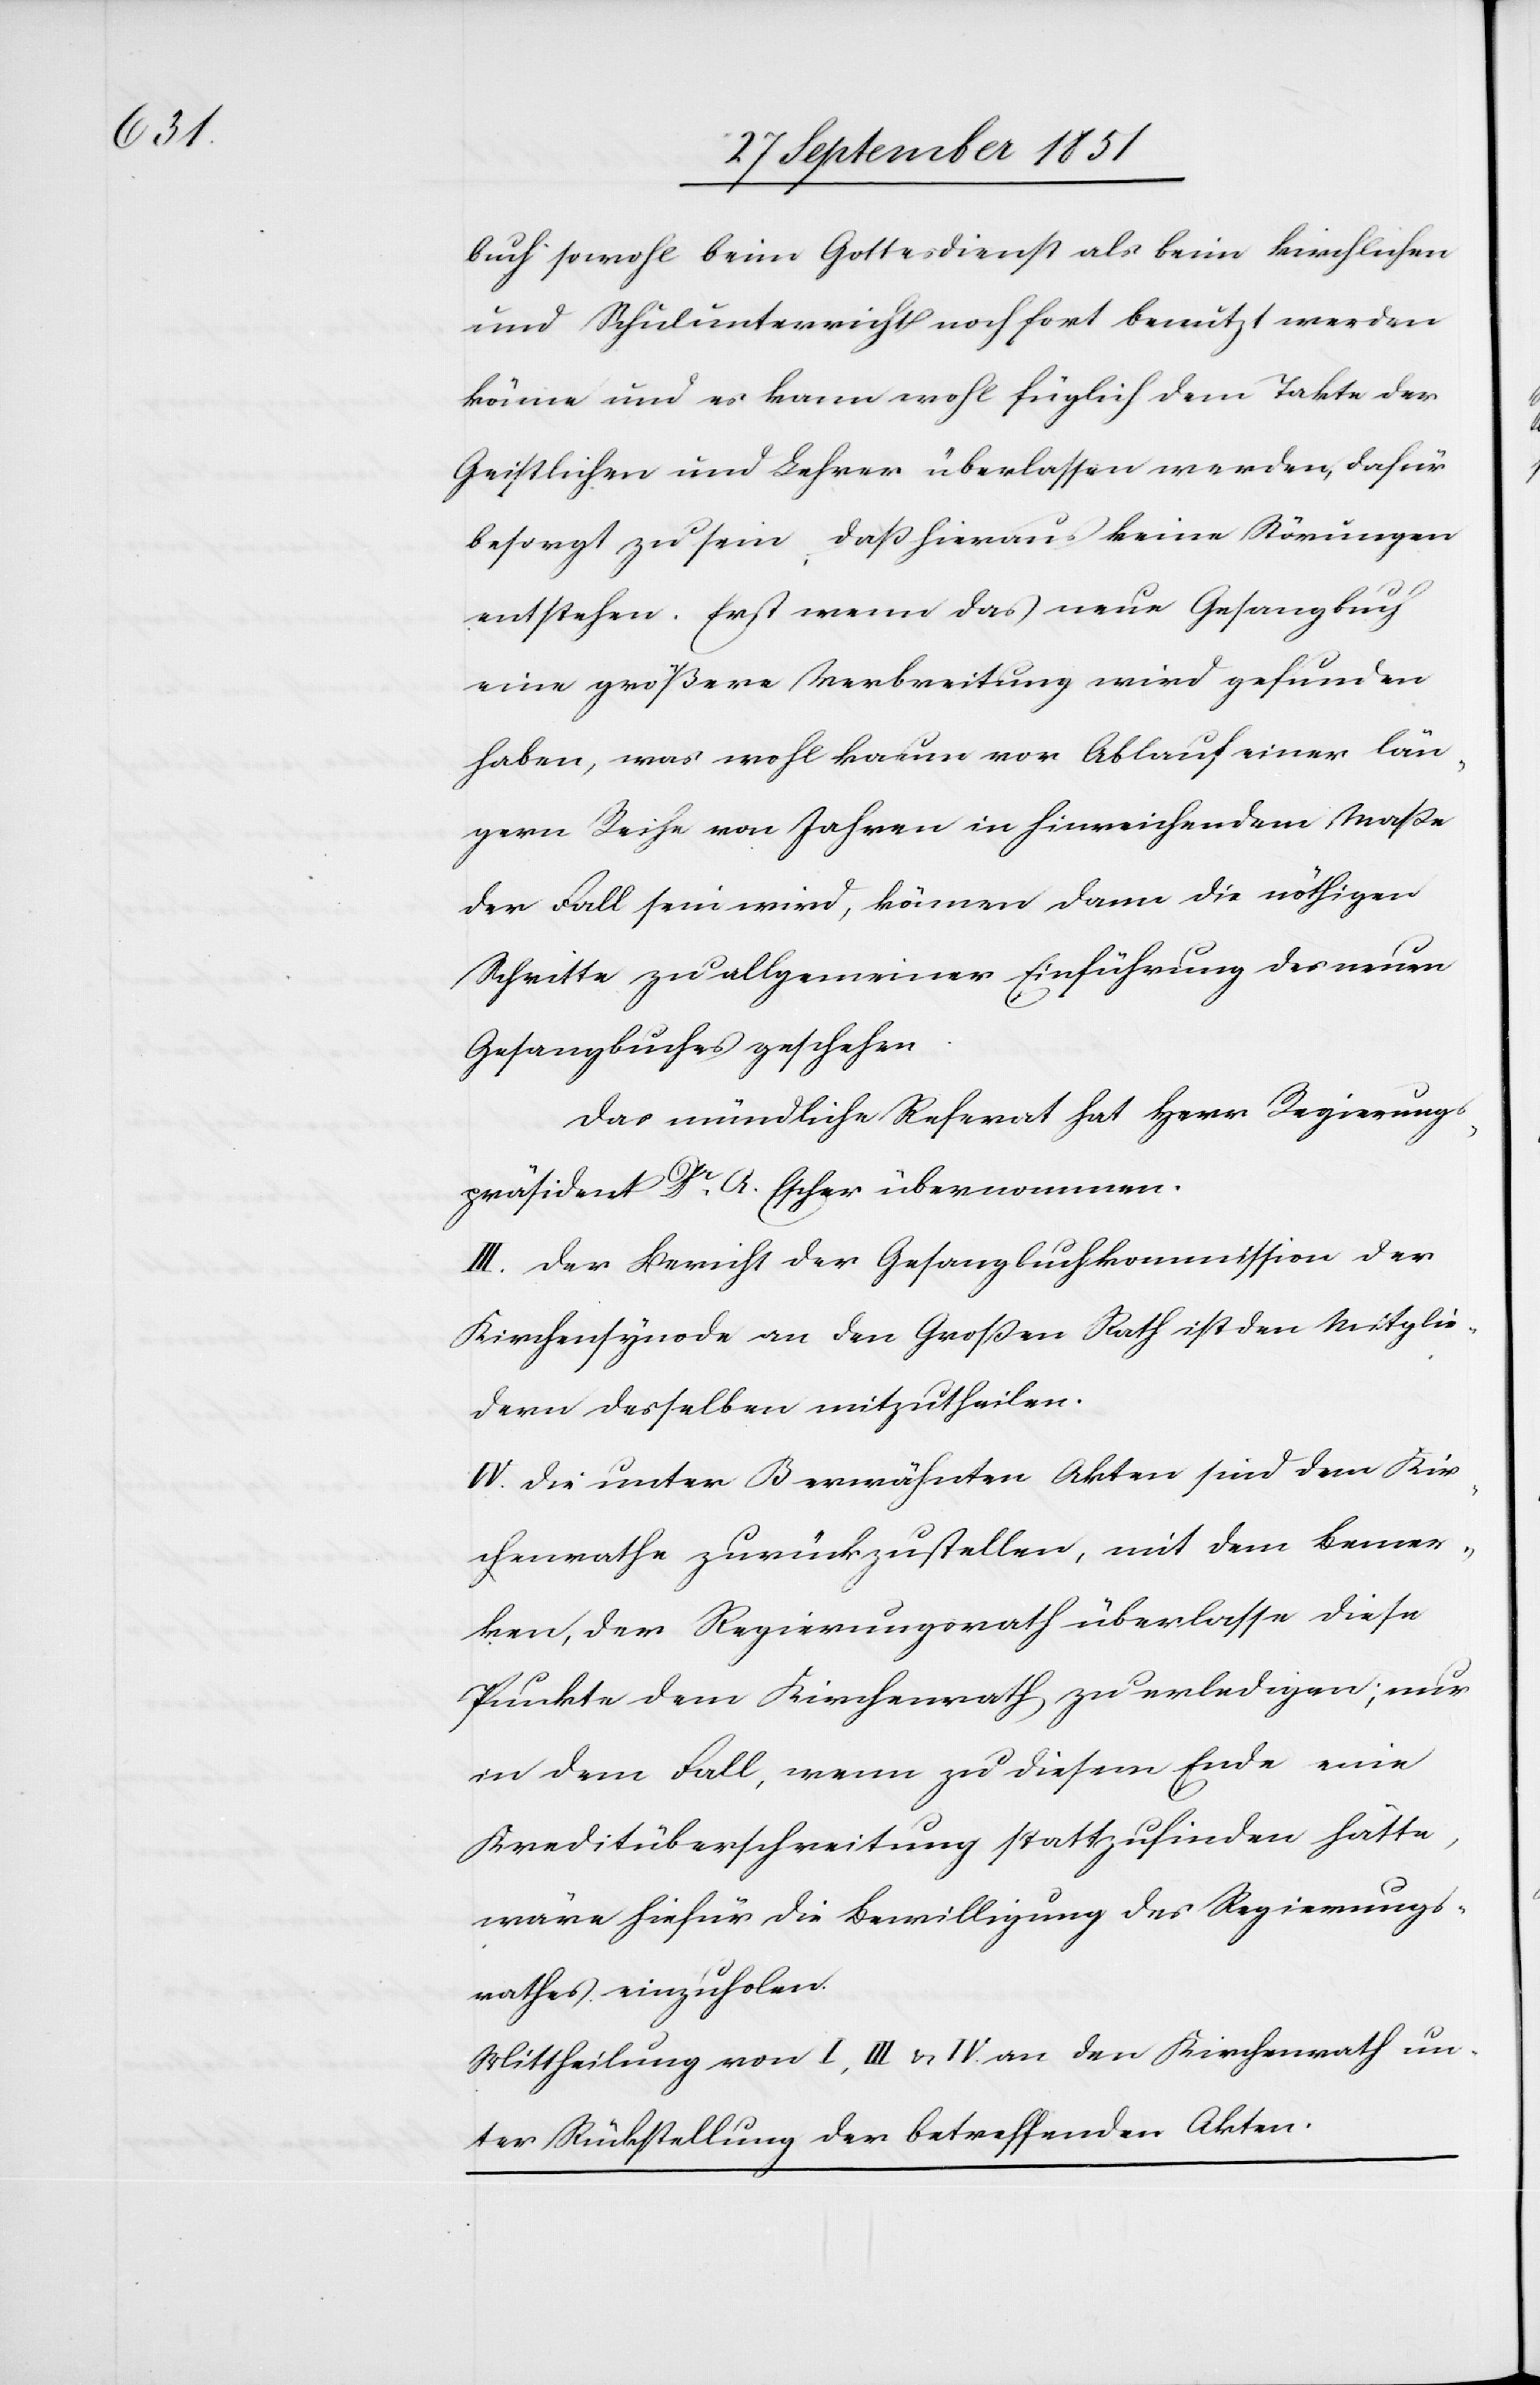
buch sowohl beim Gottesdienst als beim kirchlichen
und Schulunterricht noch fort benutzt werden
könne und es kann wohl füglich dem Takte der
Geistlichen und Lehrer überlassen werden, dafür
besorgt zu sein, daß hieraus keine Störungen
entstehen. Erst wenn das neue Gesangbuch
eine größere Verbreitung wird gefunden
haben, was wohl kaum vor Ablauf einer län¬
gern Reihe von Jahren in hinreichendem Maße
der Fall sein wird, können dann die nöthigen
Schritte zu allgemeiner Einführung des neuen
Gesangbuches geschehen.
Das mündliche Referat hat Herr Regierungs¬
präsident Dr. A. Escher übernommen.
III. Der Bericht der Gesangbuchkommission der
Kirchensynode an den Großen Rath ist den Mitglie¬
dern desselben mitzutheilen.
IV. Die unter B erwähnten Akten sind dem Kir¬
chenrathe zurückzustellen, mit dem Bemer¬
ken, der Regierungsrath überlasse diese
Punkte dem Kirchenrath zu erledigen; nur
in dem Fall, wenn zu diesem Ende eine
Kreditüberschreitung stattzufinden hätte,
wäre hiefür die Bewilligung des Regierungs¬
rathes einzuholen.
Mittheilung von I, III & IV. an den Kirchenrath un¬
ter Rückstellung der betreffenden Akten.